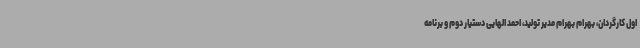
اول کارگردان، بهرام بهرام مدیر تولید، احمد الهایی دستیار دوم و برنامه